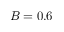
B = 0 . 6